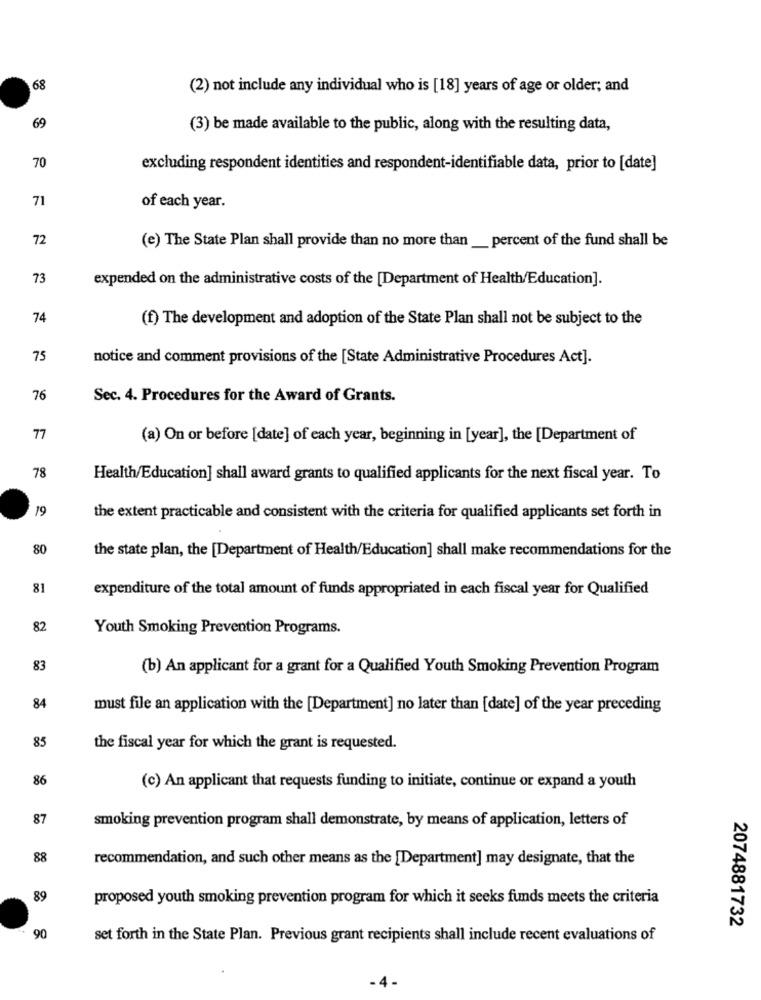
68
(2) not include any individual who is [18] years of age or older; and
69
(3) be made available to the public, along with the resulting data,
70
excluding respondent identities and respondent-identifiable data, prior to [date]
71
of each year.
72
(e) The State Plan shall provide than no more than __ percent of the fund shall be
73
expended on the administrative costs of the [Department of Health/Education].
74
(f) The development and adoption of the State Plan shall not be subject to the
75
notice and comment provisions of the [State Administrative Procedures Act].
76
Sec. 4. Procedures for the Award of Grants.
77
(a) On or before [date] of each year, beginning in [year], the [Department of
78
Health/Education] shall award grants to qualified applicants for the next fiscal year. To
19
the extent practicable and consistent with the criteria for qualified applicants set forth in
80
the state plan, the [Department of Health/Education] shall make recommendations for the
81
expenditure of the total amount of funds appropriated in each fiscal year for Qualified
82
Youth Smoking Prevention Programs.
83
(b) An applicant for a grant for a Qualified Youth Smoking Prevention Program
84
must file an application with the [Department] no later than [date] of the year preceding
85
the fiscal year for which the grant is requested.
86
(c) An applicant that requests funding to initiate, continue or expand a youth
87
smoking prevention program shall demonstrate, by means of application, letters of
88
recommendation, and such other means as the [Department] may designate, that the
89
proposed youth smoking prevention program for which it seeks funds meets the criteria
2074881732
90
set forth in the State Plan. Previous grant recipients shall include recent evaluations of
- 4 -